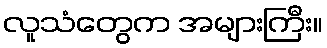
လူသံတွေက အများကြီး။